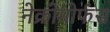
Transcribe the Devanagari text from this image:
नेक्रोमोर्फस